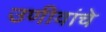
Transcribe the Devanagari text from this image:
उणीवांचे